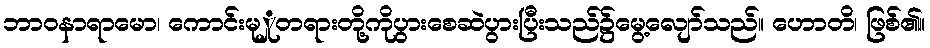
ဘာဝနာရာမော၊ ကောင်းမုှုတရားတို့ကိုပွားစေဆဲပွားပြီးသည်၌မွေ့လျော်သည်။ ဟောတိ၊ ဖြစ်၏။